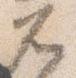
兀